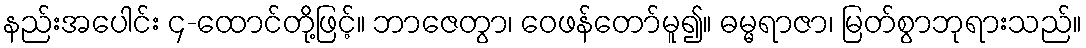
နည်းအပေါင်း ၄-ထောင်တို့ဖြင့်။ ဘာဇေတွာ၊ ဝေဖန်တော်မူ၍။ ဓမ္မရာဇာ၊ မြတ်စွာဘုရားသည်။